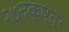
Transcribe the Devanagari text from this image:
२७नक्षत्र